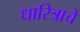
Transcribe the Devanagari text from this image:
धारित्राचे